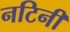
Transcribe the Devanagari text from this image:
नटिनी